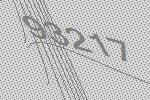
93217